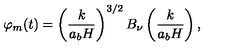
\varphi _ { m } ( t ) = \left( \frac { k } { a _ { b } H } \right) ^ { 3 / 2 } B _ { \nu } \left( \frac { k } { a _ { b } H } \right) ,